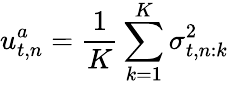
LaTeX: u_{t,n}^{a}=\frac{1}{K}\sum_{k=1}^{K}\sigma_{t,n:k}^{2}